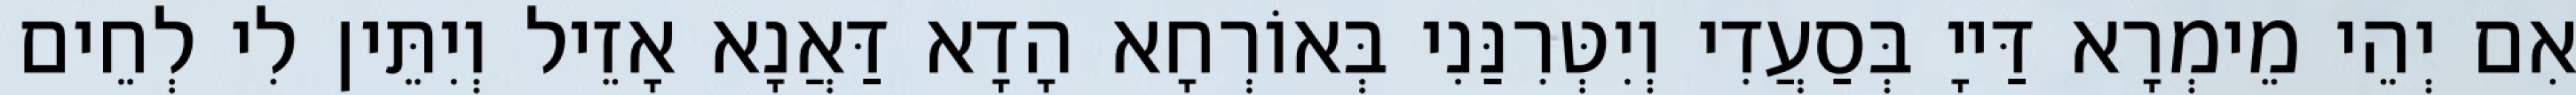
אִם יְהֵי מֵימְרָא דַּייָ בְּסַעֲדִי וְיִטְּרִנַּנִי בְּאוֹרְחָא הָדָא דַּאֲנָא אָזֵיל וְיִתֵּין לִי לְחֵים